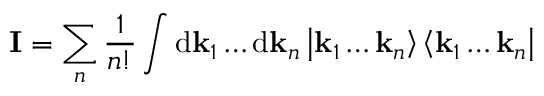
{ \bf I } = \sum _ { n } \frac { 1 } { n ! } \int \mathrm { d } { \bf k } _ { 1 } \ldots \mathrm { d } { \bf k } _ { n } \left| { \bf k } _ { 1 } \ldots { \bf k } _ { n } \right\rangle \left\langle { \bf k } _ { 1 } \ldots { \bf k } _ { n } \right|